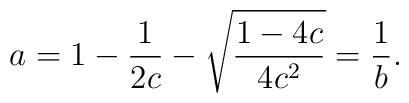
a=1-\frac{1}{2c}-\sqrt{\frac{1-4c}{4c^2}}=\frac{1}{b}.